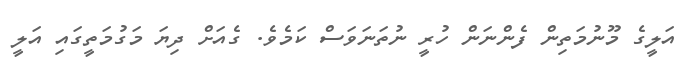
އަލީގެ މޫނުމަތިން ފެންނަން ހުރީ ނުތަނަވަސް ކަމެވެ. ގެއަށް ދިޔަ މަގުމަތީގައި އަލީ